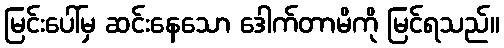
မြင်းပေါ်မှ ဆင်းနေသော ဒေါက်တာမိကို မြင်ရသည်။